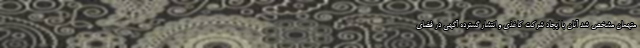
متهمان مشخص شد آنان با ایجاد شرکت کاغذی و انتشار گسترده آگهی در فضای